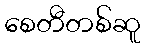
စေတီတစ်ဆူ